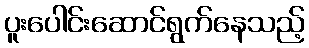
ပူးပေါင်းဆောင်ရွက်နေသည့်